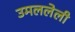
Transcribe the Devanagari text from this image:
उमललेली